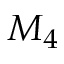
M _ { 4 }